system: You are a helpful assistant.
user:
Analyze the provided spectrum to determine if it is a **"Cataclysmic Variables (CV)"**.

- **Key Indicators for CV (Check for either state):**
    - **State 1: Quiescent / Low-State (Emission-Dominated)**
        - **(Primary):** Strong and *very broad* Hydrogen Balmer emission lines (e.g., $H\alpha$ at 6563 Å, $H\beta$ at 4861 Å). The 'broadness' (high velocity dispersion, often FWHM > 1000 km/s) is the key diagnostic, indicating a high-velocity accretion disk.
        - **(Secondary):** Broad neutral Helium (He I) emission lines (e.g., 5876 Å, 6678 Å).
        - **(Key Confirmation):** Presence of high-excitation *ionized* Helium (He II) emission at 4686 Å. This is a strong indicator of accretion onto a white dwarf.
        - **(Line Profile):** Emission lines may exhibit a 'double-peaked' profile, which is a classic signature of a rotating accretion disk viewed at high inclination.

    - **State 2: Outburst / High-State (Absorption-Dominated)**
        - **(Primary):** Spectrum is dominated by a bright, blue continuum (looks like a hot star).
        - **(Secondary):** The emission lines from State 1 are weak, absent, or 'filled in', and are replaced by broad, shallow *absorption* lines (primarily Balmer and He I).
        - **(Morphology):** The overall spectrum mimics a hot B/A-type star. The crucial difference is that the absorption lines are significantly broader, shallower, and more 'washed-out' (or 'smeared') than the sharp lines of a normal stellar photosphere, due to high rotational speeds and pressure broadening in the disk.

Think first, call **spectral_visualization_tool** if needed to examine features in detail, then provide your final answer. Your response must adhere to the following strict rules:
1.  **Overall Structure:** Your response must follow the format `<think>...</think> <tool_call>...</tool_call> (if a tool is used) <answer>...</answer>`.
2.  **Tool Usage Constraint:** You may only make **one** tool call per turn.
3.  **Final Answer Format:** In the `<answer>` tag, your conclusion must be inside a `\boxed{}` command (e.g., `\boxed{YES}`), followed by your justification.

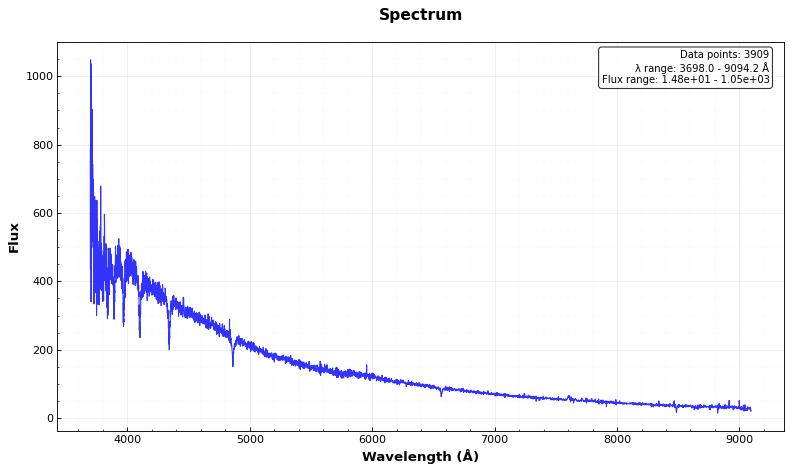
Answer: NO